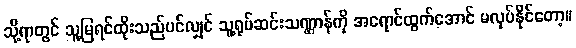
သို့ရာတွင် သူ့မြရင်ထိုးသည်ပင်လျှင် သူ့ရုပ်ဆင်းသဏ္ဌာန်ကို အရောင်ထွက်အောင် မလုပ်နိုင်တော့။